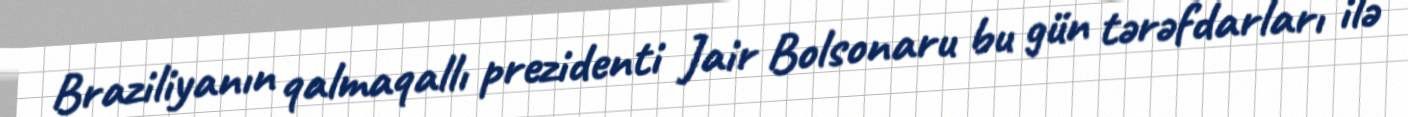
Braziliyanın qalmaqallı prezidenti Jair Bolsonaru bu gün tərəfdarları ilə